Annual report on the Civil Veterinary Department, Burma (including the Insein Veterinary School) - 1910-1922
Year: 1910
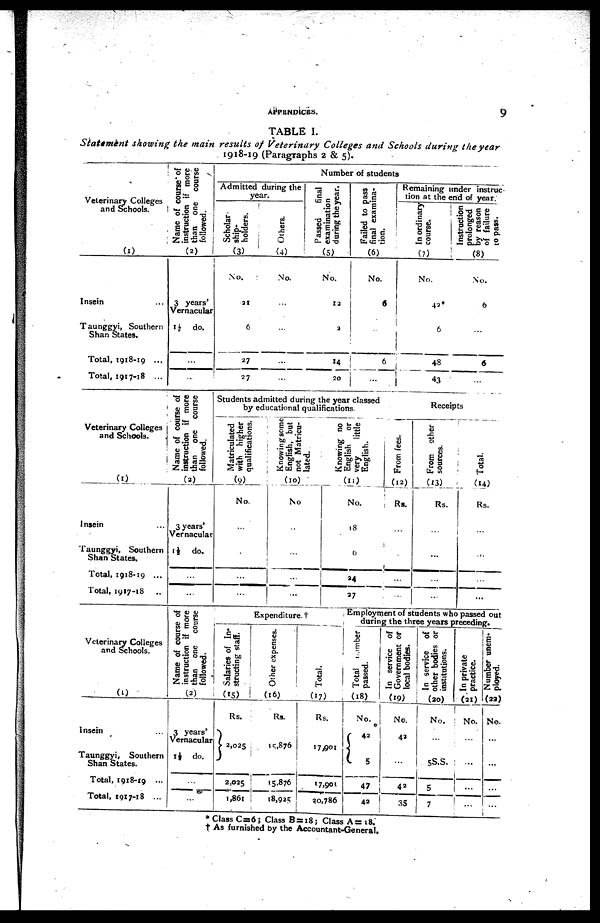
APPENDICES.
9
TABLE I.
Statement showing the main results of Veterinary Colleges and Schools during the year
1918-19 (Paragraphs 2 & 5).
Veterinary Colleges
and Schools.
(1)
Insein ...
Taunggyi, Southern
Shan States.
Total, 1918-19 ...
Total, 1917-18 ...
Name of course* of
instruction if more
than one course
followed.
(2)
3 years'
Vernacular
12
do.
...
...
Number of students
Admitted during the
year.
Scholar-
ship-
holders.
(3)
No.
21
6
27
27
Others.
(4)
No.
...
...
...
...
Passed
final
examination
during the year.
(5)
No.
12
3
14
20
Failed to pass
final examina-
tion.
(6)
No.
6
...
6
...
Remaining under instruc-
tion at the end of year.
In ordinary
course.
(7)
No.
42*
6
48
43
Instruction
prolonged
by reason
of failure
to pass.
(8)
No.
6
...
6
...
Veterinary Colleges
and Schools.
(1)
Insein ...
Taunggyi, Southern
Shan States.
Total, 1918-19 ...
Total, 1917-18
Name of course of
instruction if more
than one course
followed.
(2)
3 years'
Vernacular
1½ do.
...
...
Students admitted during the year classed
by educational qualifications.
Matriculated
with higher
qualifications.
(9)
No.
...
...
...
...
Knowing some
English, but
not Matricu-
lated.
(10)
No
...
...
...
...
Knowing no
English or
very
little
English.
(11)
No.
18
6
24
27
Receipts
From fees.
(12)
Rs.
...
...
...
...
From other
sources.
(13)
Rs.
...
...
...
...
Total.
(14)
Rs.
...
...
...
...
Veterinary Colleges
and Schools.
(1)
Insein ...
Taunggyi, Southern
Shan States.
Total, 1918-19 ...
Total, 1917-18 ...
Name of course of
instruction if more
than one course
followed.
(2)
3 years
Vernacular
1½ do.
...
...
Expenditure. †
Salaries of In-
structing staff.
(15)
Rs.
2,025
2,025
1,861
Other expenses.
(16)
Rs.
15,876
15,876
18,925
Total.
(17)
Rs.
17,901
17,901
20,786
Employment of students who passed out
during the three years preceding.
Total Number
passed.
(18)
No.
42
5
47
42
In service of
Government or
local bodies.
(19)
No.
43
...
42
35
In service of
other bodies or
institutions.
(20)
No.
...
5S.S.
5
7
In private
practice.
(21)
No.
...
...
...
...
Number unem-
ployed.
(22)
No.
...
...
...
...
* Class C=6; Class B = 18; Class A= 18.
† As furnished by the Accountant-General.